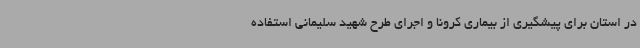
در استان برای پیشگیری از بیماری کرونا و اجرای طرح شهید سلیمانی استفاده